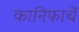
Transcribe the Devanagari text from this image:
कानिफाचें